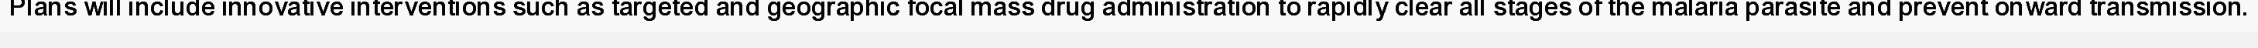
Plans will include innovative interventions such as targeted and geographic focal mass drug administration to rapidly clear all stages of the malaria parasite and prevent onward transmission.